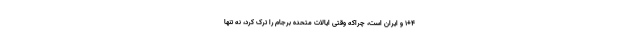
۱+۴ و ایران است، چراکه وقتی ایالات متحده برجام را ترک کرد، نه تنها